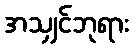
အသျှင်ဘုရား